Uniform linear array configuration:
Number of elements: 32
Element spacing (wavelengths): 1
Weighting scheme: hann
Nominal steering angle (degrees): -30
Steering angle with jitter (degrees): -30.437
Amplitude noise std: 0.05
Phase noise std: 0.05

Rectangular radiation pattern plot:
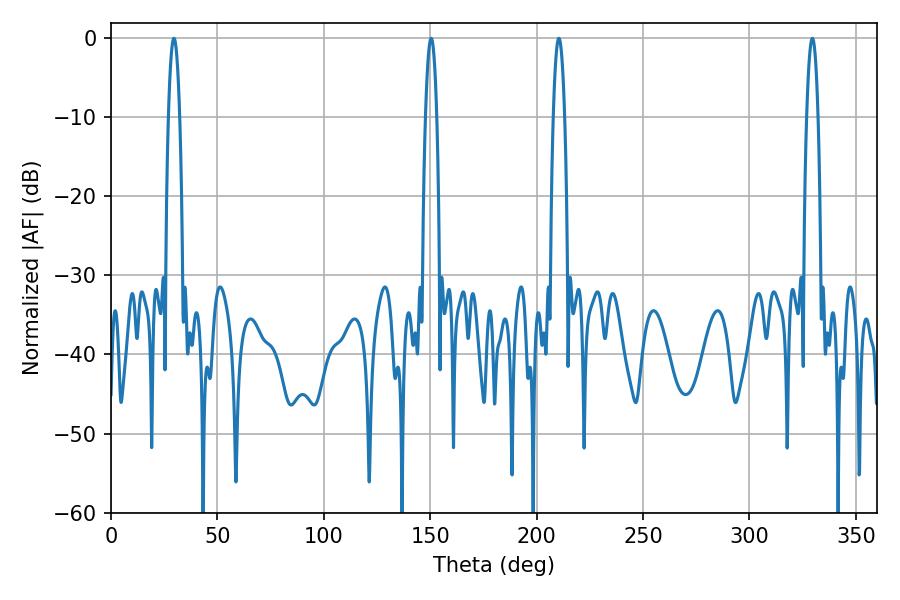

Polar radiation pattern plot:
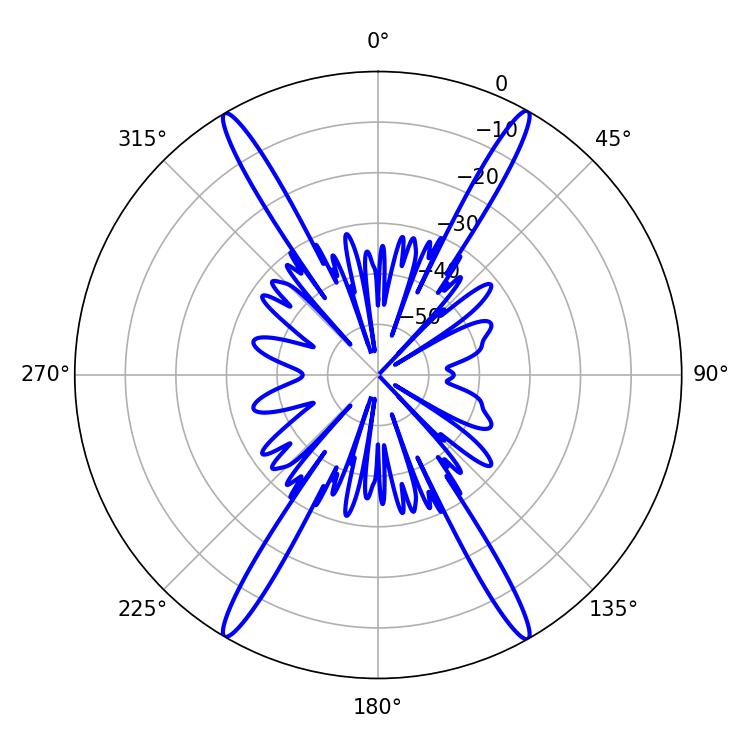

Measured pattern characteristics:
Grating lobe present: TRUE
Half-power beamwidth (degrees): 2.88
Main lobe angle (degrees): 210.42